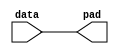
// Created by altera_lib_lpm.pl from 220model.v
// END OF MODULE


//START_MODULE_NAME------------------------------------------------------------
//
// Module Name     :  lpm_outpad
//
// Description     :
//
// Limitation      :  n/a
//
// Results expected:
//
//END_MODULE_NAME--------------------------------------------------------------

// BEGINNING OF MODULE
`timescale 1 ps / 1 ps

// MODULE DECLARATION
/*verilator lint_off CASEX*/
/*verilator lint_off COMBDLY*/
/*verilator lint_off INITIALDLY*/
/*verilator lint_off LITENDIAN*/
/*verilator lint_off MULTIDRIVEN*/
/*verilator lint_off UNOPTFLAT*/
/*verilator lint_off BLKANDNBLK*/
module lpm_outpad (
    data,
    pad
);

// GLOBAL PARAMETER DECLARATION
    parameter lpm_width = 1;
    parameter lpm_type = "lpm_outpad";
    parameter lpm_hint = "UNUSED";

// INPUT PORT DECLARATION
    input  [lpm_width-1:0] data;

// OUTPUT PORT DECLARATION
    output [lpm_width-1:0] pad;

// INTERNAL REGISTER/SIGNAL DECLARATION
    reg    [lpm_width-1:0] pad;

// INITIAL CONSTRUCT BLOCK
    initial
    begin
        if (lpm_width <= 0)
        begin
            $display("Value of lpm_width parameter must be greater than 0(ERROR)");
            $display("Time: %0t  Instance: %m", $time);
            $finish;
        end
    end

// ALWAYS CONSTRUCT BLOCK
    always @(data)
    begin
        pad = data;
    end

endmodule // lpm_outpad